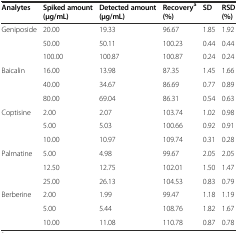
<table><thead><tr><td><b>Analytes</b></td><td><b>Spiked amount (μg/mL)</b></td><td><b>Detected amount (μg/mL)</b></td><td><b>Recovery<sup>a</sup>(%)</b></td><td><b>SD</b></td><td><b>RSD (%)</b></td></tr></thead><tbody><tr><td>Geniposide</td><td>20.00</td><td>19.33</td><td>96.67</td><td>1.85</td><td>1.92</td></tr><tr><td></td><td>50.00</td><td>50.11</td><td>100.23</td><td>0.44</td><td>0.44</td></tr><tr><td></td><td>100.00</td><td>100.87</td><td>100.87</td><td>0.24</td><td>0.24</td></tr><tr><td>Baicalin</td><td>16.00</td><td>13.98</td><td>87.35</td><td>1.45</td><td>1.66</td></tr><tr><td></td><td>40.00</td><td>34.67</td><td>86.69</td><td>0.77</td><td>0.89</td></tr><tr><td></td><td>80.00</td><td>69.04</td><td>86.31</td><td>0.54</td><td>0.63</td></tr><tr><td>Coptisine</td><td>2.00</td><td>2.07</td><td>103.74</td><td>1.02</td><td>0.98</td></tr><tr><td></td><td>5.00</td><td>5.03</td><td>100.66</td><td>0.92</td><td>0.91</td></tr><tr><td></td><td>10.00</td><td>10.97</td><td>109.74</td><td>0.31</td><td>0.28</td></tr><tr><td>Palmatine</td><td>5.00</td><td>4.98</td><td>99.67</td><td>2.05</td><td>2.05</td></tr><tr><td></td><td>12.50</td><td>12.75</td><td>102.01</td><td>1.50</td><td>1.47</td></tr><tr><td></td><td>25.00</td><td>26.13</td><td>104.53</td><td>0.83</td><td>0.79</td></tr><tr><td>Berberine</td><td>2.00</td><td>1.99</td><td>99.47</td><td>1.18</td><td>1.19</td></tr><tr><td></td><td>5.00</td><td>5.44</td><td>108.76</td><td>1.82</td><td>1.67</td></tr><tr><td></td><td>10.00</td><td>11.08</td><td>110.78</td><td>0.87</td><td>0.78</td></tr></tbody></table>